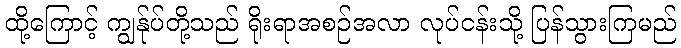
ထို့ကြောင့် ကျွန်ုပ်တို့သည် ရိုးရာအစဉ်အလာ လုပ်ငန်းသို့ ပြန်သွားကြမည်